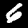
Digit: 6